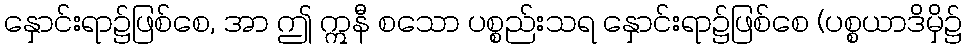
နှောင်းရာ၌ဖြစ်စေ, အာ ဤ ဣနီ စသော ပစ္စည်းသရ နှောင်းရာ၌ဖြစ်စေ (ပစ္စယာဒိမှိ၌